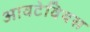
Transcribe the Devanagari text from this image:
आवटेवियस